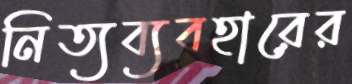
নিত্যব্যবহারের